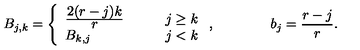
B _ { j , k } = \left\{ \begin{array} { l l } { \frac { \displaystyle 2 ( r - j ) k } { \displaystyle r } \qquad } & { j \geq k } \\ { B _ { k , j } } & { j < k } \\ \end{array} \right. , \qquad \qquad b _ { j } = \frac { r - j } { r } .